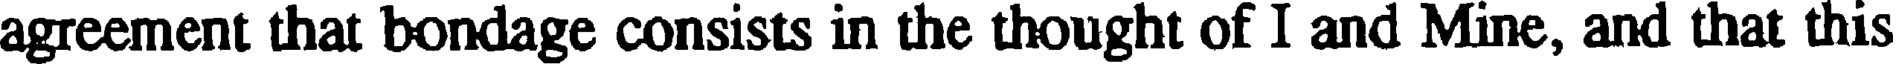
agreement that bondage consists in the thought of I and Mine, and that this